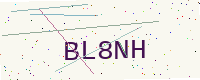
Text: BL8NH